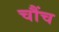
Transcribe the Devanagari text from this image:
चौंच